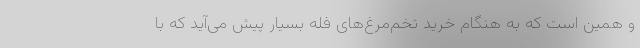
و همین است که به هنگام خرید تخم‌مرغ‌‌های فله بسیار پیش می‌آید که با